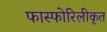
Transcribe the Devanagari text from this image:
फास्फोरिलीकृत